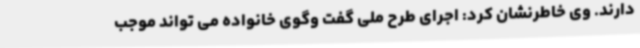
دارند. وی خاطرنشان کرد: اجرای طرح ملی گفت وگوی خانواده می تواند موجب